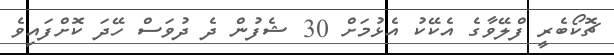
ޗޮކޯބެރީ ފްލޭވާގެ އެކޭކު އެޅުމަށް 30 ޝެފުން ދެ ދުވަސް ހޭދަ ކޮށްފައިވެ